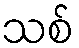
သစ်